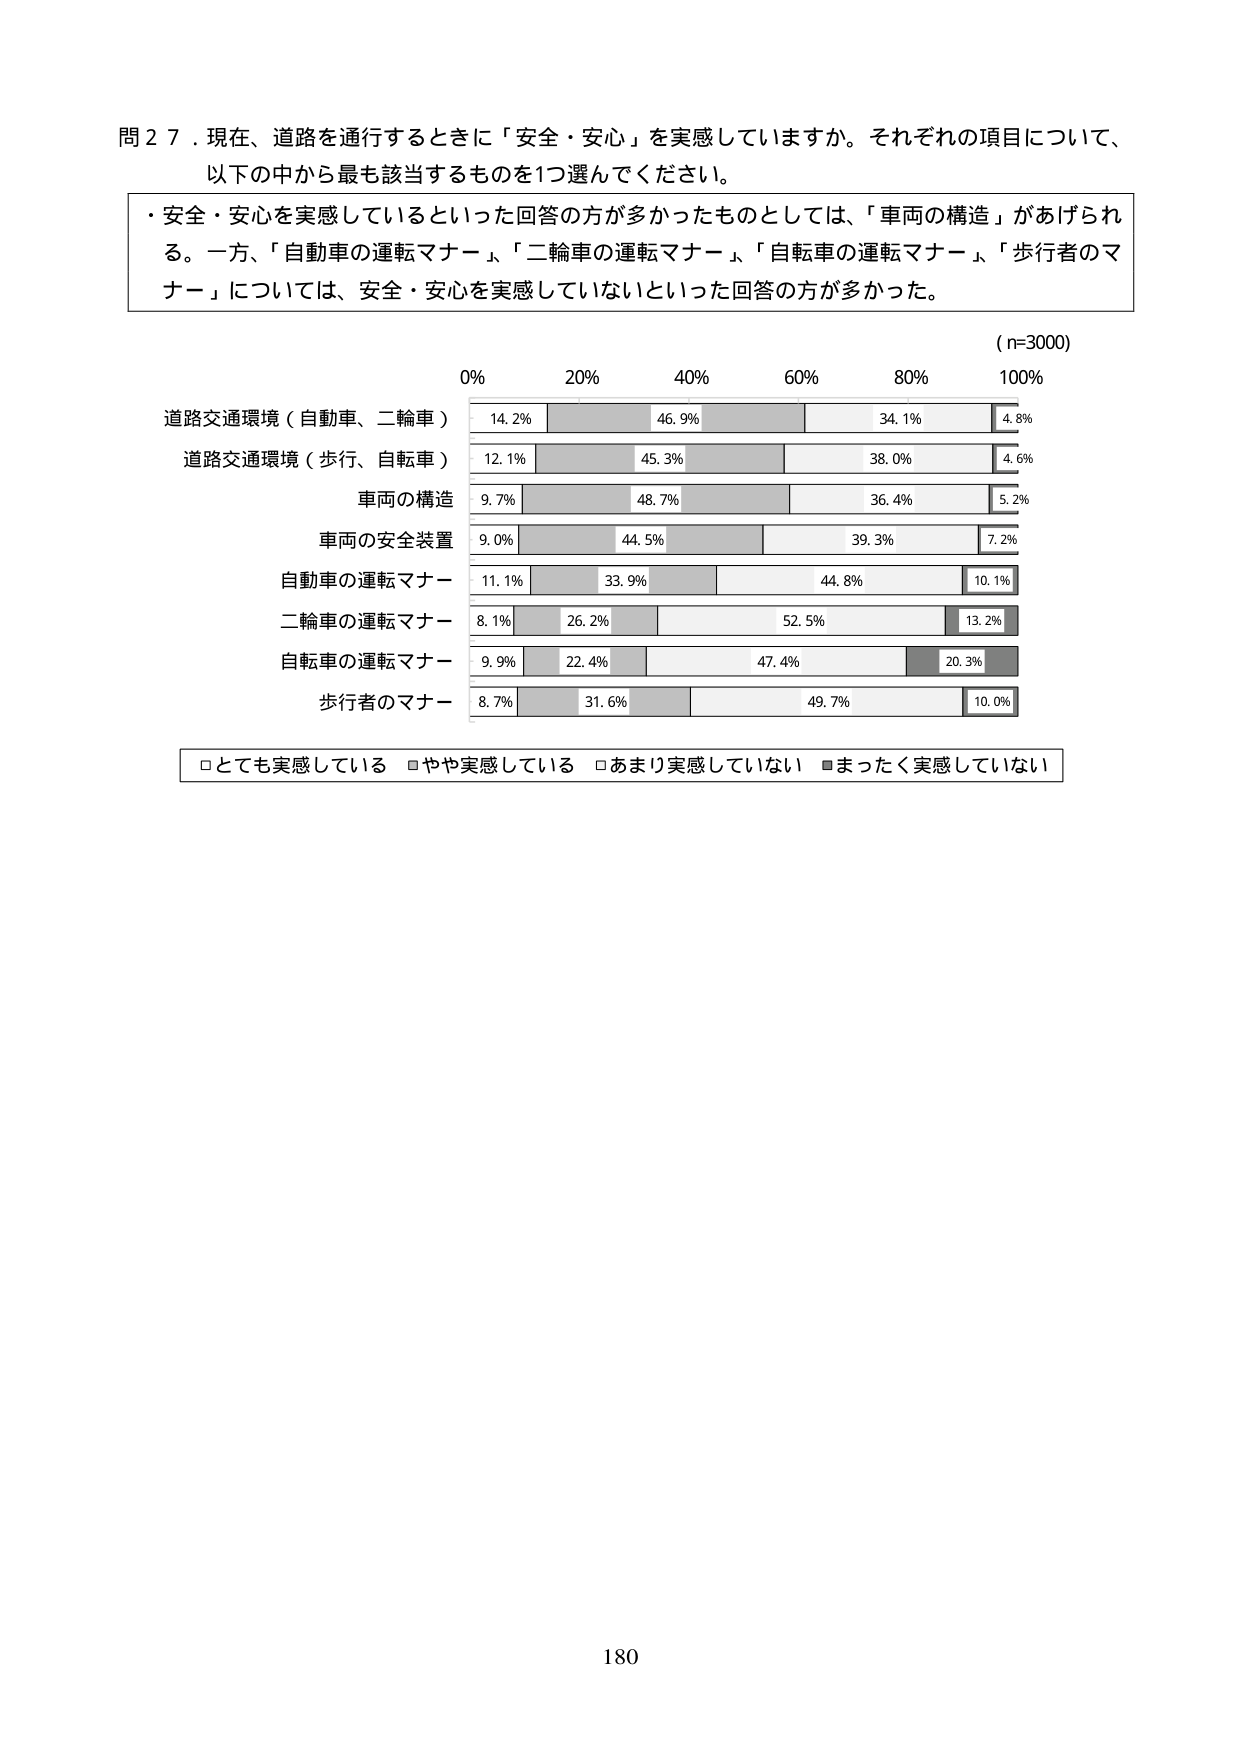
問２７．現在、道路を通行するときに「安全・安心」を実感していますか。それぞれの項目について、
以下の中から最も該当するものを1つ選んでください。

・安全・安心を実感しているといった回答の方が多かったものとしては、「車両の構造」があげられる。一方、「自動車の運転マナー」、「二輪車の運転マナー」、「自転車の運転マナー」、「歩行者のマナー」については、安全・安心を実感していないといった回答の方が多かった。

（n=3000）
0%　　20%　　40%　　60%　　80%　　100%

道路交通環境（自動車、二輪車）　　14.2%　　46.9%　　34.1%　　4.8%
道路交通環境（歩行、自転車）　　12.1%　　45.3%　　38.0%　　4.6%
車両の構造　　　　　　　　　　　9.7%　　48.7%　　36.4%　　5.2%
車両の安全装置　　　　　　　　　9.0%　　44.5%　　39.3%　　7.2%
自動車の運転マナー　　　　　　　11.1%　　33.9%　　44.8%　　10.1%
二輪車の運転マナー　　　　　　　8.1%　　26.2%　　52.5%　　13.2%
自転車の運転マナー　　　　　　　9.9%　　22.4%　　47.4%　　20.3%
歩行者のマナー　　　　　　　　　8.7%　　31.6%　　49.7%　　10.0%

□とても実感している　■やや実感している　□あまり実感していない　■まったく実感していない

180